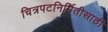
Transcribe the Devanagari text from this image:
चित्रपटनिर्मितीसाठी